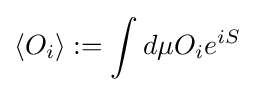
\left\langle O_{i}\right\rangle :=\int d\mu O_{i}e^{iS}